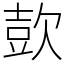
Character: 㰻